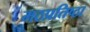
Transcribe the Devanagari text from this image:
मठप्रतिष्ठा